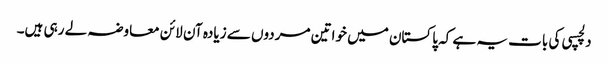
دلچسپی کی بات یہ ہے کہ پاکستان میں خواتین مردوں سے زیادہ آن لائن معاوضہ لے رہی ہیں۔